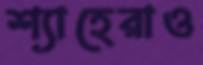
শ্যাহেরাও